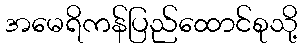
အမေရိကန်ပြည်ထောင်စုသို့